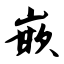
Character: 嵌